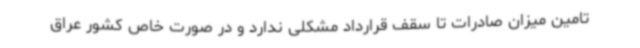
تامین میزان صادرات تا سقف قرارداد مشکلی ندارد و در صورت خاص کشور عراق